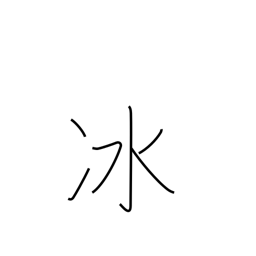
Meaning: hail